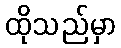
ထိုသည်မှာ